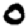
Digit: 0